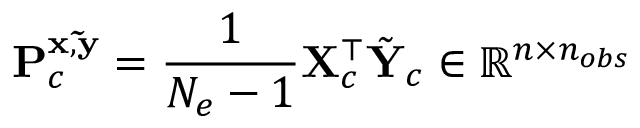
\mathbf { P } _ { c } ^ { \bf { x } , \tilde { \bf { y } } } = \frac { 1 } { N _ { e } - 1 } \mathbf { X } _ { c } ^ { \top } \tilde { \mathbf { Y } } _ { c } \in \mathbb { R } ^ { n \times n _ { o b s } }